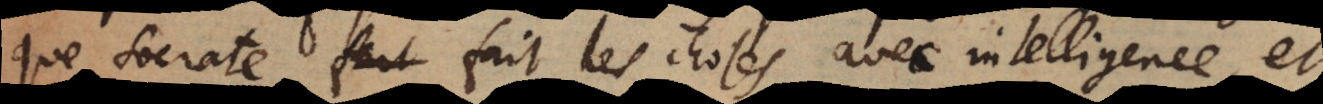
que Socrate fait les choses avec intelligence, et